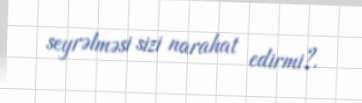
seyrəlməsi sizi narahat edirmi?.